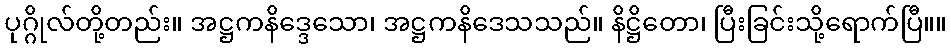
ပုဂ္ဂိုလ်တို့တည်း။ အဋ္ဌကနိဒ္ဒေသော၊ အဋ္ဌကနိဒေသသည်။ နိဋ္ဌိတော၊ ပြီးခြင်းသို့ရောက်ပြီ။။